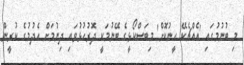
މި ބުނުމުގައި 'އެއްޗެކޭ ހީނުކޮށް' މިބަސްކޯޅީގެ ބޭނުމަކީ ދޮރުހުޅުވައި ދިނުމަށް އެދުމުގެ ކުރީން